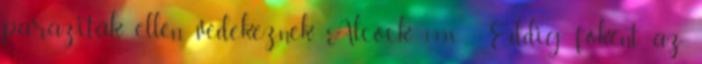
paraziták ellen védekeznek Alcock, 1998 . Eddig főként az